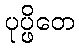
ပုပ္ဖိတေ